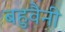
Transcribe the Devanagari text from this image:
बहुवैनी